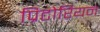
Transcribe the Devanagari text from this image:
प्रिटोरियन